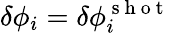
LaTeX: \delta\phi_{i}=\delta\phi_{i}^{\mathrm{~s~h~o~t~}}